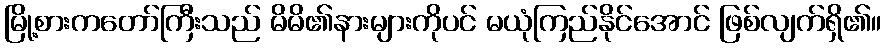
မြို့စားကတော်ကြီးသည် မိမိ၏နားများကိုပင် မယုံကြည်နိုင်အောင် ဖြစ်လျက်ရှိ၏။